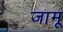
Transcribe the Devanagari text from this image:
जामू